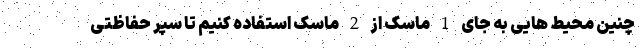
چنین محیط هایی به جای 1 ماسک از 2 ماسک استفاده کنیم تا سپر حفاظتی